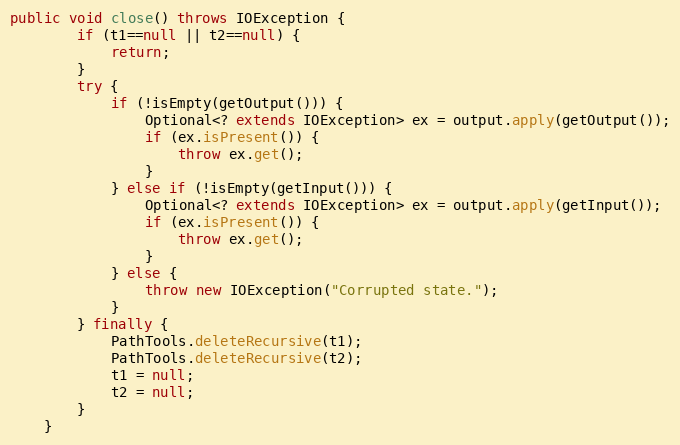
Language: Java
public void close() throws IOException {
		if (t1==null || t2==null) {
			return;
		}
		try {
			if (!isEmpty(getOutput())) {
				Optional<? extends IOException> ex = output.apply(getOutput());
				if (ex.isPresent()) {
					throw ex.get();
				}
			} else if (!isEmpty(getInput())) {
				Optional<? extends IOException> ex = output.apply(getInput());
				if (ex.isPresent()) {
					throw ex.get();
				}
			} else {
				throw new IOException("Corrupted state.");
			}
		} finally {
			PathTools.deleteRecursive(t1);
			PathTools.deleteRecursive(t2);
			t1 = null;
			t2 = null;
		}
	}